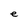
Character: e